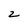
Character: z